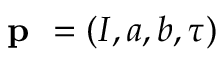
\textbf { p } = ( I , a , b , \tau )